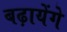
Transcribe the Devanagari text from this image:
बढ़ायेंगे